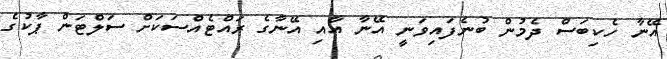
އޭނާ ހެކިބަސް ދެމުން ބުނެފައިވަނީ އޭނާ އާއި އޭނާގެ ރައްޓެއްސަކަށް ސަލްޓަން ޕާކުގެ